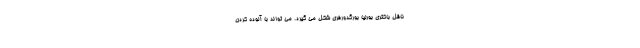
ناقل باکتری بورلیا بورگدورفری شکل می گیرد. می تواند با آلوده کردن